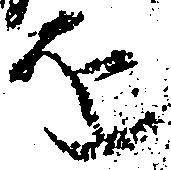
を